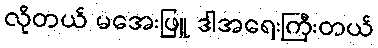
လိုတယ် မအေးဖြူ ဒါအရေးကြီးတယ်